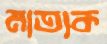
মাতাক